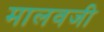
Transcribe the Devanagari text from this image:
मालवजी